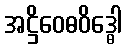
အဋ္ဌိဝေဓဝိဒ္ဓေါ